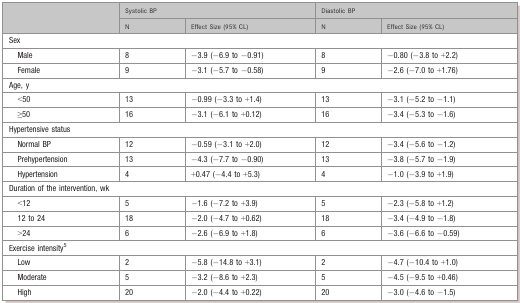
| <ROWSPAN=2>  | <COLSPAN=2> Systolic BP | <COLSPAN=2> Diastolic BP |
 | N | Effect Size (95% CL) | N | Effect Size (95% CL) |
 | --- | --- | --- | --- | --- |
 | <COLSPAN=5> Sex |
 | Male | 8 | −3.9 (−6.9 to −0.91) | 8 | −0.80 (−3.8 to +2.2) |
 | Female | 9 | −3.1 (−5.7 to −0.58) | 9 | −2.6 (−7.0 to +1.76) |
 | <COLSPAN=5> Age, y |
 | <50 | 13 | −0.99 (−3.3 to +1.4) | 13 | −3.1 (−5.2 to −1.1) |
 | ≥50 | 16 | −3.1 (−6.1 to +0.12) | 16 | −3.4 (−5.3 to −1.6) |
 | <COLSPAN=5> Hypertensive status |
 | Normal BP | 12 | −0.59 (−3.1 to +2.0) | 12 | −3.4 (−5.6 to −1.2) |
 | Prehypertension | 13 | −4.3 (−7.7 to −0.90) | 13 | −3.8 (−5.7 to −1.9) |
 | Hypertension | 4 | +0.47 (−4.4 to +5.3) | 4 | −1.0 (−3.9 to +1.9) |
 | <COLSPAN=5> Duration of the intervention, wk |
 | <12 | 5 | −1.6 (−7.2 to +3.9) | 5 | −2.3 (−5.8 to +1.2) |
 | 12 to 24 | 18 | −2.0 (−4.7 to +0.62) | 18 | −3.4 (−4.9 to −1.8) |
 | >24 | 6 | −2.6 (−6.9 to +1.8) | 6 | −3.6 (−6.6 to −0.59) |
 | <COLSPAN=5> Exercise intensity5 |
 | Low | 2 | −5.8 (−14.8 to +3.1) | 2 | −4.7 (−10.4 to +1.0) |
 | Moderate | 5 | −3.2 (−8.6 to +2.3) | 5 | −4.5 (−9.5 to +0.46) |
 | High | 20 | −2.0 (−4.4 to +0.22) | 20 | −3.0 (−4.6 to −1.5) |